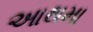
આથમા